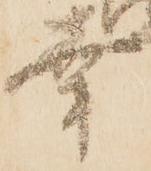
幸